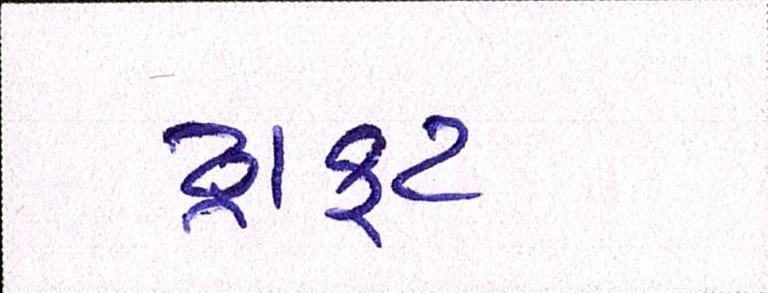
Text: ડ્રાફટ